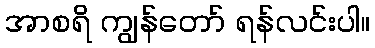
အာစရိ ကျွန်တော် ရန်လင်းပါ။